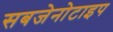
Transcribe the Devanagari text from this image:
सबजेनोटाइप